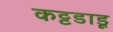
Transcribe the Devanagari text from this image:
कट्टडाडू